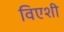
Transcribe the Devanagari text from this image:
विएशी